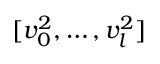
[ v _ { 0 } ^ { 2 } , \ldots , v _ { l } ^ { 2 } ]